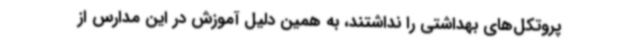
پروتکل‌های بهداشتی را نداشتند، به همین دلیل آموزش در این مدارس از